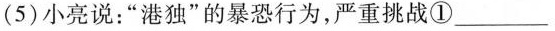
(5)小亮说:“港独”的暴恐行为,严重挑战①____________